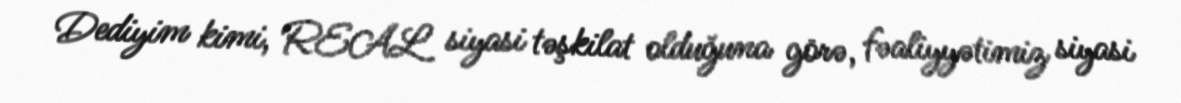
Dediyim kimi, REAL siyasi təşkilat olduğuna görə, fəaliyyətimiz siyasi